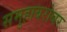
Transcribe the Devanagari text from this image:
समुहाबरोबर